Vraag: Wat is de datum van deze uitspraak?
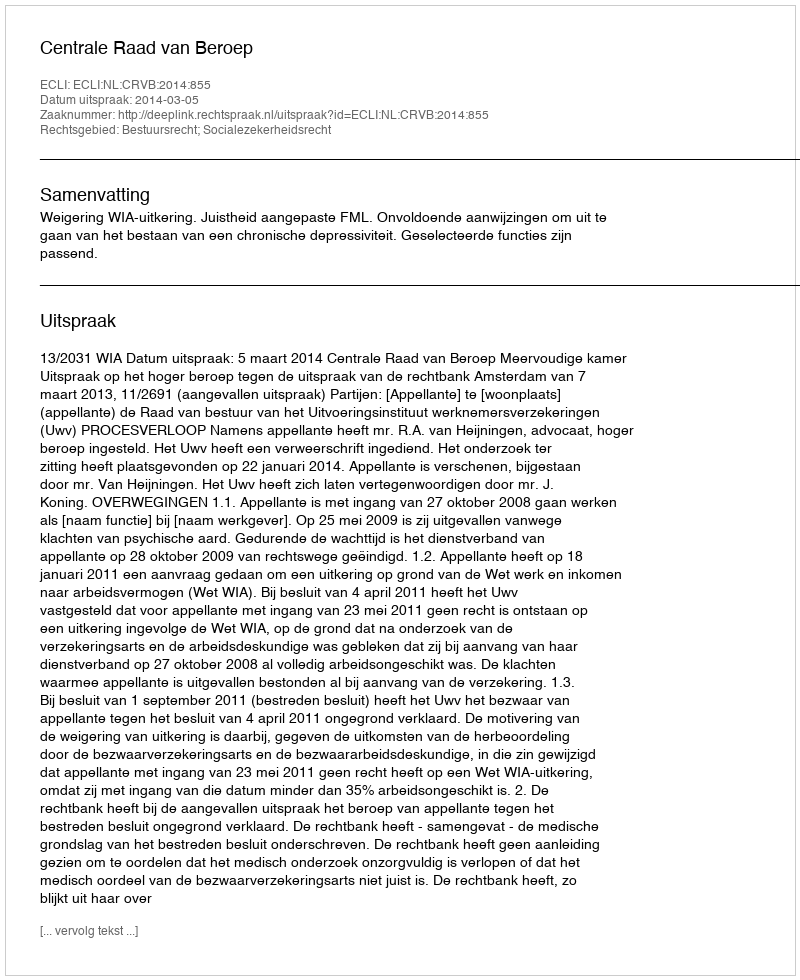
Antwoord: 2014-03-05